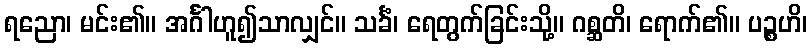
ရညော၊ မင်း၏။ အင်္ဂါဟူ၍သာလျှင်။ သင်္ခံ၊ ရေတွက်ခြင်းသို့။ ဂစ္ဆတိ၊ ရောက်၏။ ပဉ္စဟိ၊